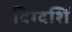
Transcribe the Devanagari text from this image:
दिग्दर्शि